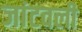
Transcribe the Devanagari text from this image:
जांटवली